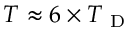
T \approx 6 \times T _ { \mathrm { ~ D ~ } }